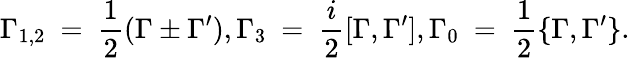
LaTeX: \Gamma_{1,2}~=~\frac{1}{2}(\Gamma\pm\Gamma^{\prime}),\Gamma_{3}~=~\frac{i}{2}[\Gamma,\Gamma^{\prime}],\Gamma_{0}~=~\frac{1}{2}\{ \Gamma,\Gamma^{\prime}\} .